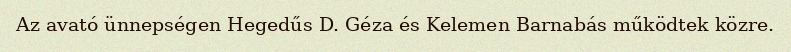
Az avató ünnepségen Hegedűs D. Géza és Kelemen Barnabás működtek közre.